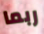
ربما